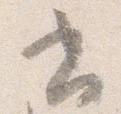
書